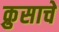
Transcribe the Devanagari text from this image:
क्रुसाचे